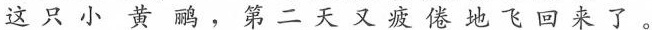
这只小黄鹂，第二天又疲倦地飞回来了。